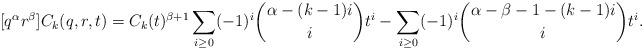
LaTeX: \begin{align*} [q^\alpha r^\beta]C_k(q,r,t) = C_k(t)^{\beta+1} \sum_{i \geq 0} (-1)^i \binom{\alpha - (k-1)i}{i} t^i - \sum_{i \geq 0} (-1)^i \binom{\alpha - \beta - 1 - (k-1)i}{i} t^i.\end{align*}